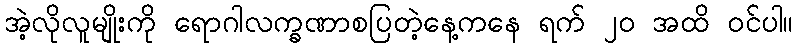
အဲ့လိုလူမျိုးကို ရောဂါလက္ခဏာစပြတဲ့နေ့ကနေ ရက် ၂၀ အထိ ဝင်ပါ။